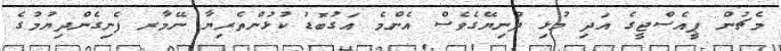
މެޗުން ޕީއެސްޖީގެ އަދި މުޅި ދުނިޔޭގެވެސް އެންމެ އަގުބޮޑު ކުޅުންތެރިޔާ ނޭމާރ ފެނިގެންދިޔުމުގެ